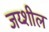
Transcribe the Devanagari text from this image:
जय्शील